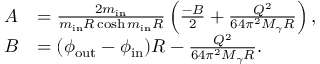
\begin{array} { r l } { A } & { = \frac { 2 m _ { \mathrm { i n } } } { m _ { \mathrm { i n } } R \cosh m _ { \mathrm { i n } } R } \left( \frac { - B } { 2 } + \frac { Q ^ { 2 } } { 6 4 \pi ^ { 2 } M _ { \gamma } R } \right) , } \\ { B } & { = ( \phi _ { \mathrm { o u t } } - \phi _ { \mathrm { i n } } ) R - \frac { Q ^ { 2 } } { 6 4 \pi ^ { 2 } M _ { \gamma } R } . } \end{array}